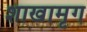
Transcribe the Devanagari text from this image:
शाखामृग